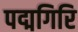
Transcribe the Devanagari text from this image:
पद्मगिरि